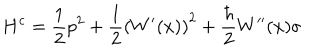
LaTeX: H ^ { c } = \frac { 1 } { 2 } p ^ { 2 } + \frac { 1 } { 2 } \left( W ^ { \prime } ( x ) \right) ^ { 2 } + \frac { \hbar } { 2 } W ^ { \prime \prime } ( x ) \sigma